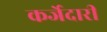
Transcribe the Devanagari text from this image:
कर्जेदारी